Lunatic asylums Madras 1892-1911 - 1892-1911
Year: 1892
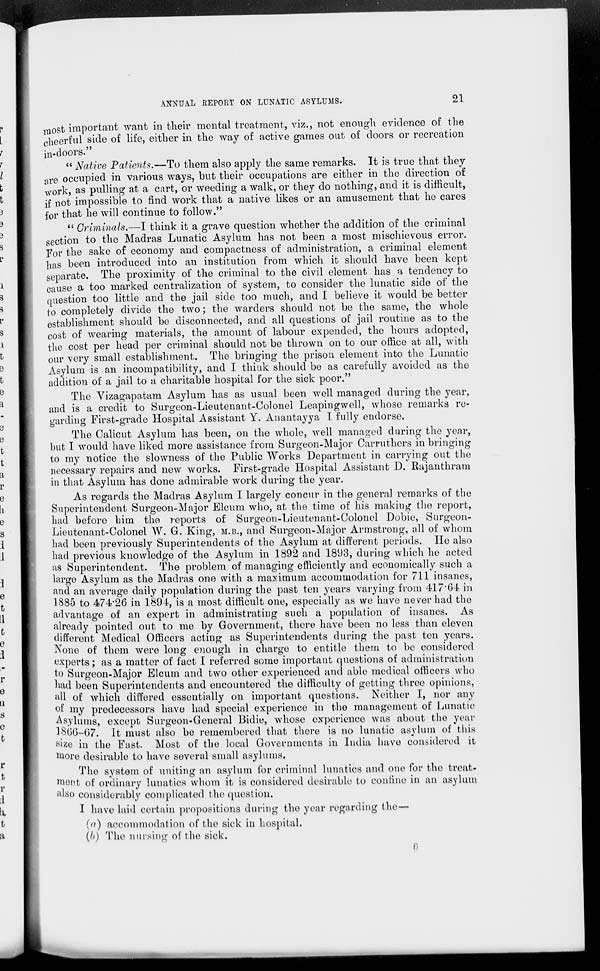
ANNUAL REPORT ON LUNATIC ASYLUMS.
21
most important want in their mental treatment, viz., not enough evidence of the
cheerful side of life, either in the way of active games out of doors or recreation
in-doors."
" Native Patients.—To them also apply the same remarks. It is true that they
are occupied in various ways, but their occupations are either in the direction of
work, as pulling at a cart, or weeding a walk, or they do nothing, and it is difficult,
if not impossible to find work that a native likes or an amusement that he cares
for that he will continue to follow."
" Criminals.—I think it a grave question whether the addition of the criminal
section to the Madras Lunatic Asylum has not been a most mischievous error.
For the sake of economy and compactness of administration, a criminal element
has been introduced into an institution from which it should have been kept
separate. The proximity of the criminal to the civil element has a tendency to
cause a too marked centralization of system, to consider the lunatic side of the
question too little and the jail side too much, and I believe it would be better
to completely divide the two; the warders should not be the same, the whole
establishment should be disconnected, and all questions of jail routine as to the
cost of wearing materials, the amount of labour expended, the hours adopted,
the cost per head per criminal should not be thrown on to our office at all, with
our very small establishment. The bringing the prison element into the Lunatic
Asylum is an incompatibility, and I think should be as carefully avoided as the
addition of a jail to a charitable hospital for the sick poor."
The Vizagapatam Asylum has as usual been well managed during the year,
and is a credit to Surgeon-Lieutenant-Colonel Leapingwell, whose remarks re-
garding First-grade Hospital Assistant Y. Anantayya I fully endorse.
The Calicut Asylum has been, on the whole, well managed during the year,
but I would have liked more assistance from Surgeon-Major Carruthers in bringing
to my notice the slowness of the Public Works Department in carrying out the
necessary repairs and new works. First-grade Hospital Assistant D. Rajanthram
in that Asylum has done admirable work during the year.
As regards the Madras Asylum I largely concur in the general remarks of the
Superintendent Surgeon-Major Elcum who, at the time of his making the report,
had before him the reports of Surgeon-Lieutenant-Colonel Dobie, Surgeon-
Lieutenant-Colonel W. G. King, M.B., and Surgeon-Major Armstrong, all of whom
had been previously Superintendents of the Asylum at different periods. He also
had previous knowledge of the Asylum in 1892 and 1893, during which he acted
as Superintendent. The problem of managing efficiently and economically such a
large Asylum as the Madras one with a maximum accommodation for 711 insanes,
and an average daily population during the past ten years varying from 417.64 in
1885 to 474.26 in 1894, is a most difficult one, especially as we have never had the
advantage of an expert in administrating such a population of insanes. As
already pointed out to me by Government, there have been no less than eleven
different Medical Officers acting as Superintendents during the past ten years.
None of them were long enough in charge to entitle them to be considered
experts; as a matter of fact I referred some important questions of administration
to Surgeon-Major Elcum and two other experienced and able medical officers who
had been Superintendents and encountered the difficulty of getting three opinions,
all of which differed essentially on important questions. Neither I, nor any
of my predecessors have had special experience in the management of Lunatic
Asylums, except Surgeon-General Bidie, whose experience was about the year
1866-67. It must also be remembered that there is no lunatic asylum of this
size in the Fast. Most of the local Governments in India have considered it
more desirable to have several small asylums.
The system of uniting an asylum for criminal lunatics and one for the treat-
ment of ordinary lunatics whom it is considered desirable to confine in an asylum
also considerably complicated the question.
I have laid certain propositions during the year regarding the—
(a) accommodation of the sick in hospital.
(b) The nursing of the sick.
6